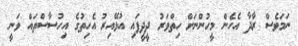
ނަމަވެސް ރާދާ އެހެން މީހުންނަށް ހިތްވަރު ދީދީފައި އުޅޭއިރު އެހިތުގެ އިހުސާސްތައް ވަނީ